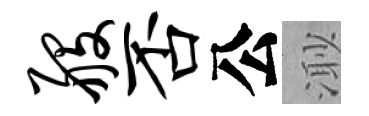
般否公𣺌